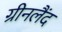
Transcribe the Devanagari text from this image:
ग्रीनलैंद